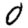
Digit: 0